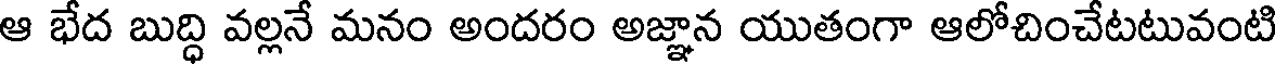
ఆ భేద బుద్ధి వల్లనే మనం అందరం అజ్ఞాన యుతంగా ఆలోచించేటటువంటి